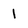
Character: 1